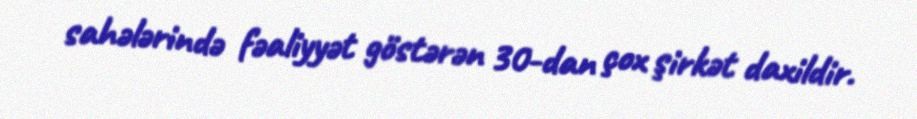
sahələrində fəaliyyət göstərən 30-dan çox şirkət daxildir.